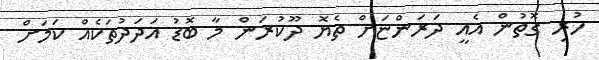
ހުރި ގޮތުން އެއީ ދަރަންޏަށް ތެޔޮ ދޫކުރަން މާ ބޮޑު އަދަދުތަކެއް ކަމަށް